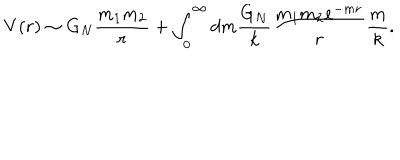
LaTeX: V ( r ) \sim G _ { N } { \frac { m _ { 1 } m _ { 2 } } { r } } + \int _ { 0 } ^ { \infty } d m { \frac { G _ { N } } { k } } { \frac { m _ { 1 } m _ { 2 } e ^ { - m r } } { r } } { \frac { m } { k } } .